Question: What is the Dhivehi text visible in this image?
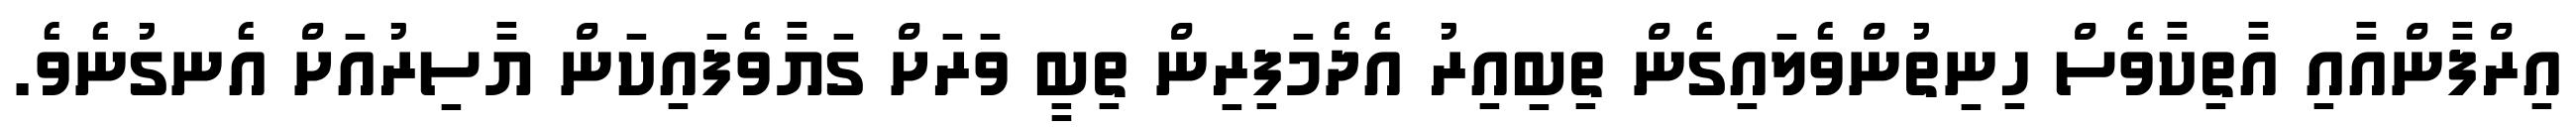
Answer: އިރްފާންއާއި އާތިކާވެސް ހިނިތުންވެލައިގެން ތިބިއިރު އެދެމަފިރިން ތިބީ ވަރަށް ގަޔާވެފައިކަން ޔާސިރުއަށް އެނގުނެވެ.